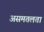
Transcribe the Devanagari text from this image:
असमतलता